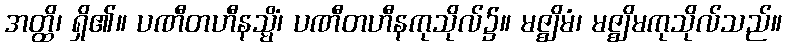
အတ္ထိ၊ ရှိ၏။ ပဏီတဟီနသ္မိံ၊ ပဏီတဟီနကုသိုလ်၌။ မဇ္ဈိမံ၊ မဇ္ဈိမကုသိုလ်သည်။